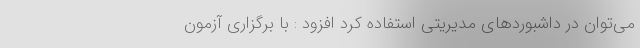
می‌توان در داشبوردهای مدیریتی استفاده کرد افزود : با برگزاری آزمون